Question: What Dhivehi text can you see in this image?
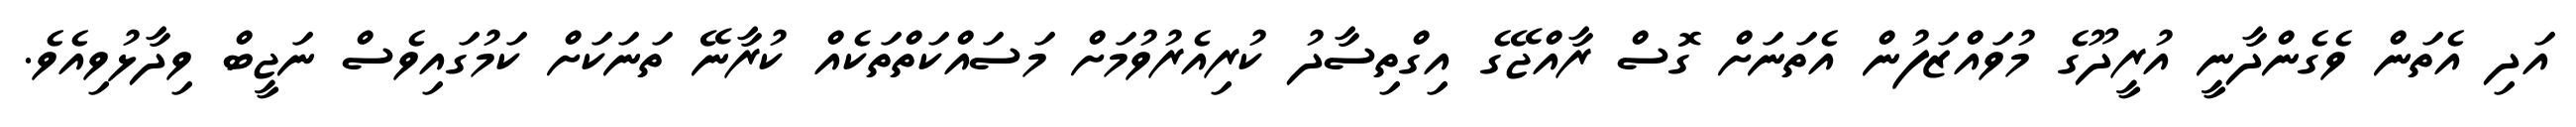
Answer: އަދި އެތަން ވެގެންދާނީ އުރީދޫގެ މުވައްޒަފުން އެތަނަށް ގޮސް ރާއްޖޭގެ އިގްތިސާދު ކުރިއެރުވުމަށް މަސައްކަތްތަކެއް ކުރާނޭ ތަނަކަށް ކަމުގައިވެސް ނަޖީބް ވިދާޅުވިއެވެ.